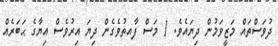
ދުވަސްތައް މަޒީވަމުން ދިޔައެވެ. 1 މަސް ފާއތުވެގެން ދިޔަ އިރުވެސް އިޔާގެ ޙަބަރެއް